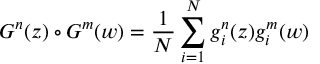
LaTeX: G ^ { n } ( z ) \circ G ^ { m } ( w ) = { \frac { 1 } { N } } \sum _ { i = 1 } ^ { N } g _ { i } ^ { n } ( z ) g _ { i } ^ { m } ( w )